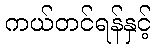
ကယ်တင်ရန်နှင့်